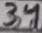
Text: 34